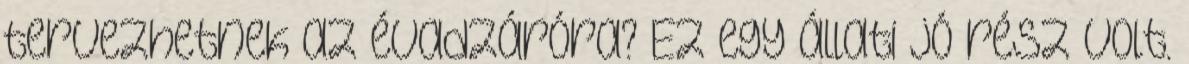
tervezhetnek az évadzáróra? Ez egy állati jó rész volt.